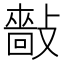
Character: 𢿿